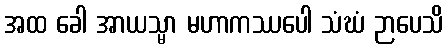
အထ ခေါ အာယသ္မာ မဟာကဿပေါ သံဃံ ဉာပေသိ